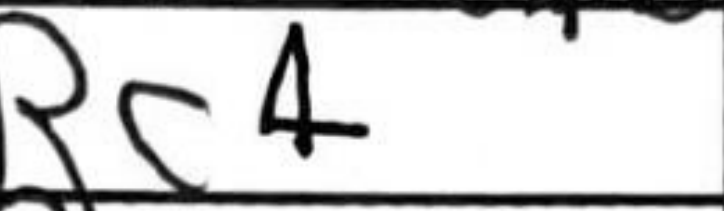
Transcription: Rc4